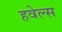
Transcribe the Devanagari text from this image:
हवेल्स